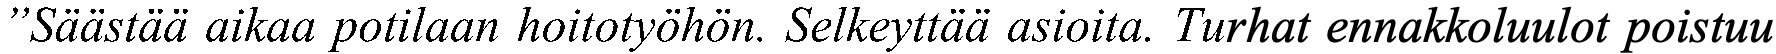
”Säästää aikaa potilaan hoitotyöhön. Selkeyttää asioita. Turhat ennakkoluulot poistuu